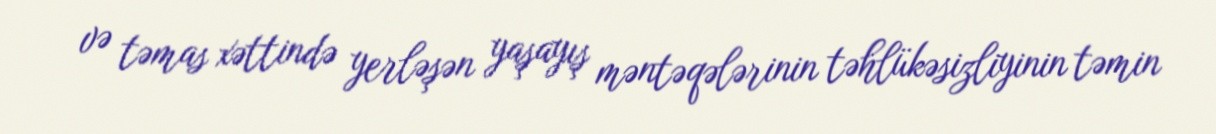
və təmas xəttində yerləşən yaşayış məntəqələrinin təhlükəsizliyinin təmin